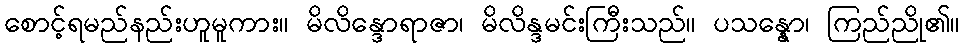
စောင့်ရမည်နည်းဟူမူကား။ မိလိန္ဒောရာဇာ၊ မိလိန္ဒမင်းကြီးသည်။ ပသန္နော၊ ကြည်ညို၏။